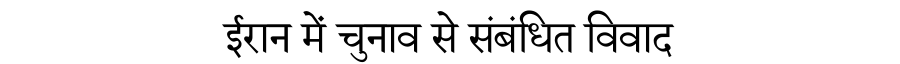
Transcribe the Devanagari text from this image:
ईरान में चुनाव से संबंधित विवाद